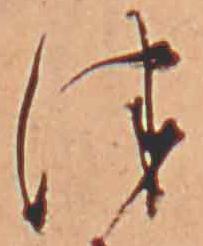
津